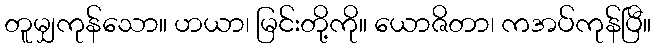
တူမျှကုန်သော။ ဟယာ၊ မြင်းတို့ကို။ ယောဇိတာ၊ ကအပ်ကုန်ပြီ။